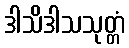
ဒါသိဒါသသုတ္တံ